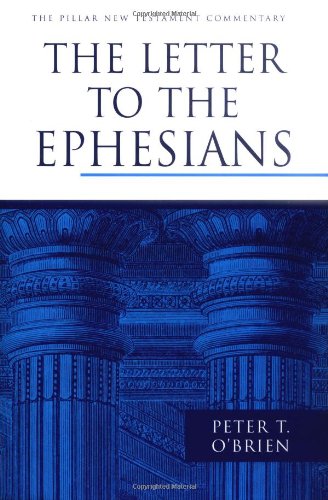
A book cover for The Letter to the Ephesians (The Pillar New Testament Commentary); Peter T. O'Brien; Reference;